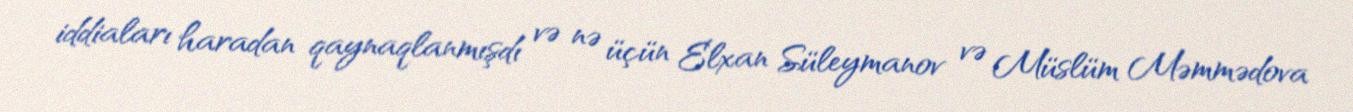
iddiaları haradan qaynaqlanmışdı və nə üçün Elxan Süleymanov və Müslüm Məmmədova